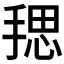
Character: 𪮏